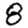
Digit: 8